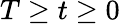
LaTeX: T\geq t\geq 0